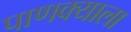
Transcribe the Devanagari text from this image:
पाणक्याला